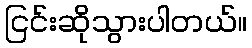
ငြင်းဆိုသွားပါတယ်။